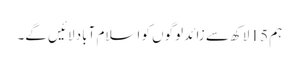
ہم 15 لاکھ سے زائد لوگوں کو اسلام آباد لائیں گے۔